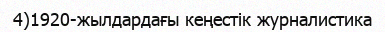
4)1920-жылдардағы кеңестік журналистика